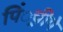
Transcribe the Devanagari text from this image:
पिं्रचीपे